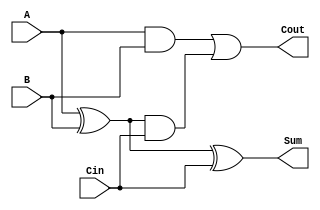
module Tree_Structured_Full_Adder (
    input wire A,      // First significant bit
    input wire B,      // Second significant bit
    input wire Cin,    // Carry-in bit
    output wire Sum,   // Sum output
    output wire Cout   // Carry-out output
);

// Internal wires for half adder outputs
wire S1;   // Intermediate sum from Half Adder 1
wire C1;   // Intermediate carry from Half Adder 1
wire C2;   // Intermediate carry from Half Adder 2

// Half Adder 1 (HA1) - Adds A and B
assign S1 = A ^ B;   // Sum from HA1
assign C1 = A & B;   // Carry from HA1

// Half Adder 2 (HA2) - Adds S1 and Cin
assign Sum = S1 ^ Cin; // Final Sum
assign C2 = S1 & Cin;  // Carry from HA2

// Final Carry-Out Calculation
assign Cout = C1 | C2; // Combining C1 and C2 for Cout

endmodule